Code of medical and sanitary regulations for the guidance of medical officers serving in the Madras Presidency - Volume I
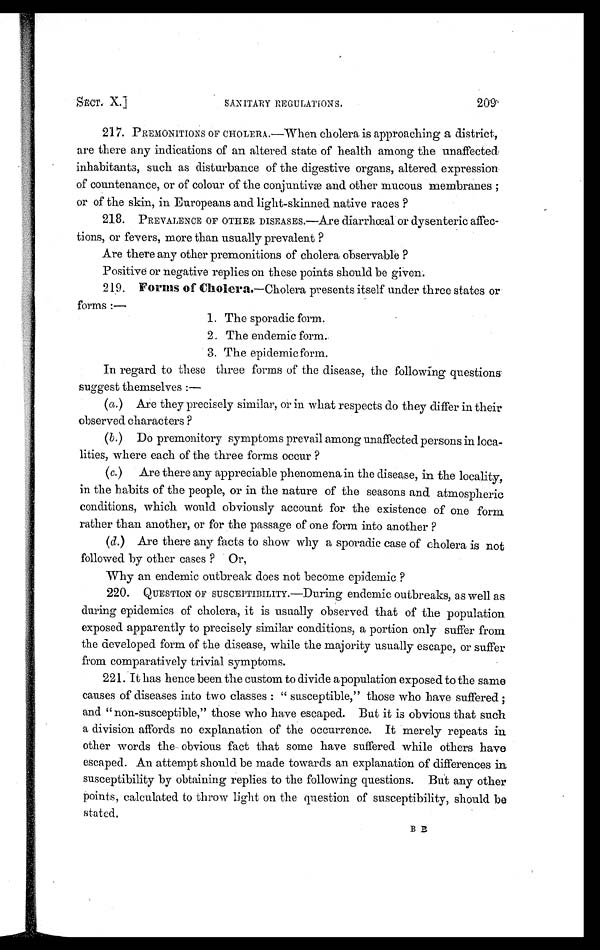
SECT. X.]
SANITARY REGULATIONS.
209'
217. PREMONITIONS OF CHOLERA.—When cholera is approaching a district,
are there any indications of an altered state of health among the unaffected;
inhabitants, such as disturbance of the digestive organs, altered expression
of countenance, or of colour of the conjuntivæ and other mucous membranes ;
or of the skin, in Europeans and light-skinned native races ?
218. PREVALENCE OF OTHER DISEASES.—Are diarrhœal or dysenteric affec-
tions, or fevers, more than usually prevalent ?
Are there any other premonitions of cholera observable ?
Positive or negative replies on these points should be given.
219. Forms of Cholera. —Cholera presents itself under three states or
forms :—
1 . T h e s p o r a d i c f o r m .
2 . T h e e n d e m i c f o r m .
3 . T h e e p i d e m i c f o r m .
In regard to these three forms of the disease, the following questions
suggest themselves :—
(a.) Are they precisely similar, or in what respects do they differ in their
observed. characters ?
(b.) Do premonitory symptoms prevail among unaffected persons in loca-
lities, where each of the three forms occur ?
(c.) Are there any appreciable phenomena in the disease, in the locality,
in the habits of the people, or in the nature of the seasons and atmospheric
conditions, which would obviously account for the existence of one form
rather than another, or for the passage of one form into another ?
(d.) Are there any facts to show why a sporadic case of cholera is not
followed by other cases ? Or,
Why an endemic outbreak does not become epidemic ?
220. QUESTION OF SUSCEPTIBILITY .—During endemic outbreaks, as well as
during epidemics of cholera, it is usually observed that of the population
exposed apparently to precisely similar conditions, a portion only suffer from
the developed form of the disease, while the majority usually escape, or suffer
from comparatively trivial symptoms.
221. It has hence been the custom to divide a population exposed to the same
causes of diseases into two classes : " susceptible," those who have suffered ;
and " non-susceptible," those who have escaped. But it is obvious that such
a division affords no explanation of the occurrence. It merely repeats in
other words the obvious fact that some have suffered while others have
escaped. An attempt should be made towards an explanation of differences in
susceptibility by obtaining replies to the following questions. But any other
points, calculated to throw light on the question of susceptibility, should be
stated.
B B